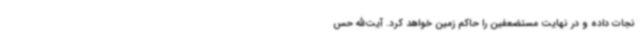
نجات داده و در نهایت مستضعفین را حاکم زمین خواهد کرد. آیت‌الله حس